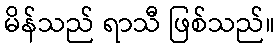
မိန်သည် ရာသီ ဖြစ်သည်။